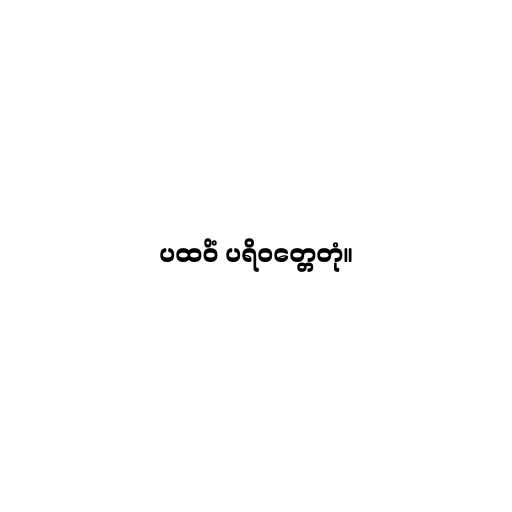
ပထဝိံ ပရိဝတ္တေတုံ။